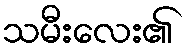
သမီးလေး၏